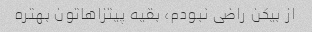
از بیکن راضی نبودم، بقیه پیتزاهاتون بهتره